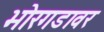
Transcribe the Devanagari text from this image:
भोरगडावर